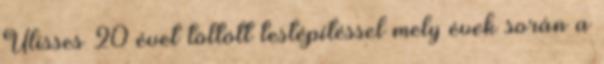
Ulisses 20 évet töltött testépítéssel mely évek során a